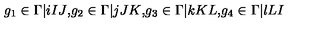
g _ { 1 } \in \Gamma \vert { i } { I } { J } \mathrm { , } g _ { 2 } \in \Gamma \vert { j } { J } { K } \mathrm { , } g _ { 3 } \in \Gamma \vert { k } { K } { L } \mathrm { , } g _ { 4 } \in \Gamma \vert { l } { L } { I } \ \